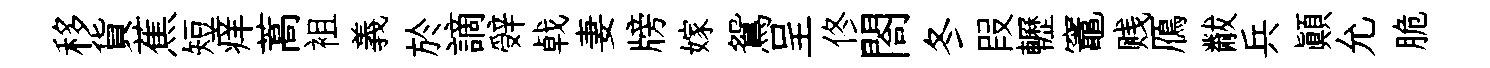
移貨蕉短痒蒿袓義於謫辤㦸妻牓嫁鴛呈佟閤冬叚轣竈贱鴈黻兵顛允脆